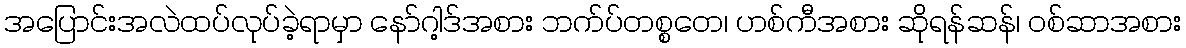
အပြောင်းအလဲထပ်လုပ်ခဲ့ရာမှာ နော်ဂါ့ဒ်အစား ဘက်ပ်တစ္စတေ၊ ဟစ်ကီအစား ဆိုရန်ဆန်၊ ဝစ်ဆာအစား